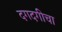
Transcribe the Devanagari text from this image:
दगदगीचा